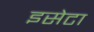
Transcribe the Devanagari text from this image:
इसेटा